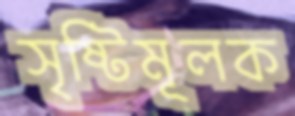
সৃষ্টিমূলক